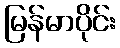
မြန်မာပိုင်း